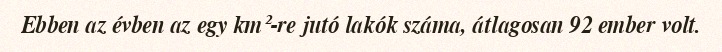
Ebben az évben az egy km²-re jutó lakók száma, átlagosan 92 ember volt.